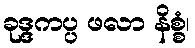
ခုဒ္ဒကပ္ပ ဖလာ နိစ္စံ၊